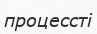
процессті